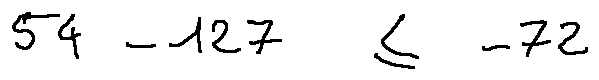
5 4 - 1 2 7 \leq - 7 2